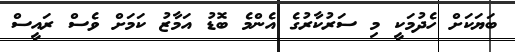
ބަޔަކަށް ހެދުމަކީ މި ސަރުކާރުގެ އެންމެ ބޮޑު އަމާޒު ކަމަށް ވެސް ރައީސް